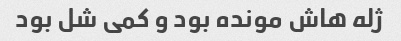
ژله هاش مونده بود و کمی شل بود